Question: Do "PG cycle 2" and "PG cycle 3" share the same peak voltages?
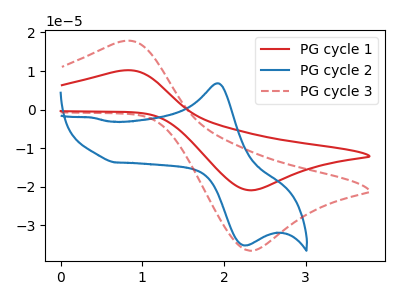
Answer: <think>The red curve "PG cycle 1" has an anodic peak at (0.75V, 10.15uA) and a cathodic peak at (2.35V, -20.90uA). The blue curve "PG cycle 2" has an anodic peak at (1.90V, 6.85uA) and a cathodic peak at (2.25V, -35.20uA). The red dashed curve "PG cycle 3" has an anodic peak at (0.75V, 17.75uA) and a cathodic peak at (2.35V, -36.60uA).</think>
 <answer>No, "PG cycle 2" and "PG cycle 3" have at least one peak that does not match.</answer>
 <eval>mismatch</eval>